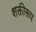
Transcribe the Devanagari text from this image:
शक्तीरूप